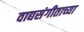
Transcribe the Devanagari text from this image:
वाद्यसंगीताच्या